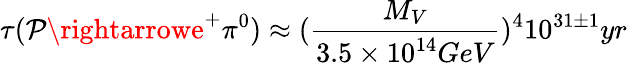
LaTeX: \tau(\mathcal{P}\rightarrowe^{+}\pi^{0})\approx(\frac{{M_{V}}}{{3.5\times10^{14}GeV}})^{4}10^{31\pm1}yr